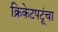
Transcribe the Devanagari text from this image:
क्रिकेटपटूंचा